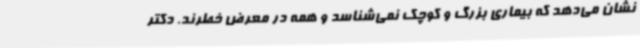
نشان می‌دهد که بیماری بزرگ و کوچک نمی‌شناسد و همه در معرض خطرند. دکتر